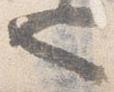
也